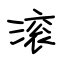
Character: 滚